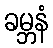
ခမ္ဘနံ